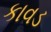
કાવડ